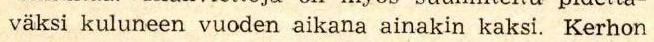
 väksi kuluneen vuoden aikana ainakin kaksi. Kerhon